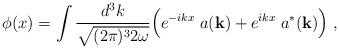
LaTeX: \begin{align*}\phi(x) = \int {d^3k \over \sqrt{(2\pi )^3 2 \omega }} \Big( e^{-ikx} \; a({\bf k}) + e^{ikx} \; a^*({\bf k}) \Big) \;,\end{align*}